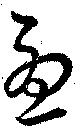
憂